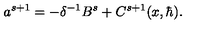
a ^ { s + 1 } = - \delta ^ { - 1 } B ^ { s } + C ^ { s + 1 } ( x , \hbar ) .